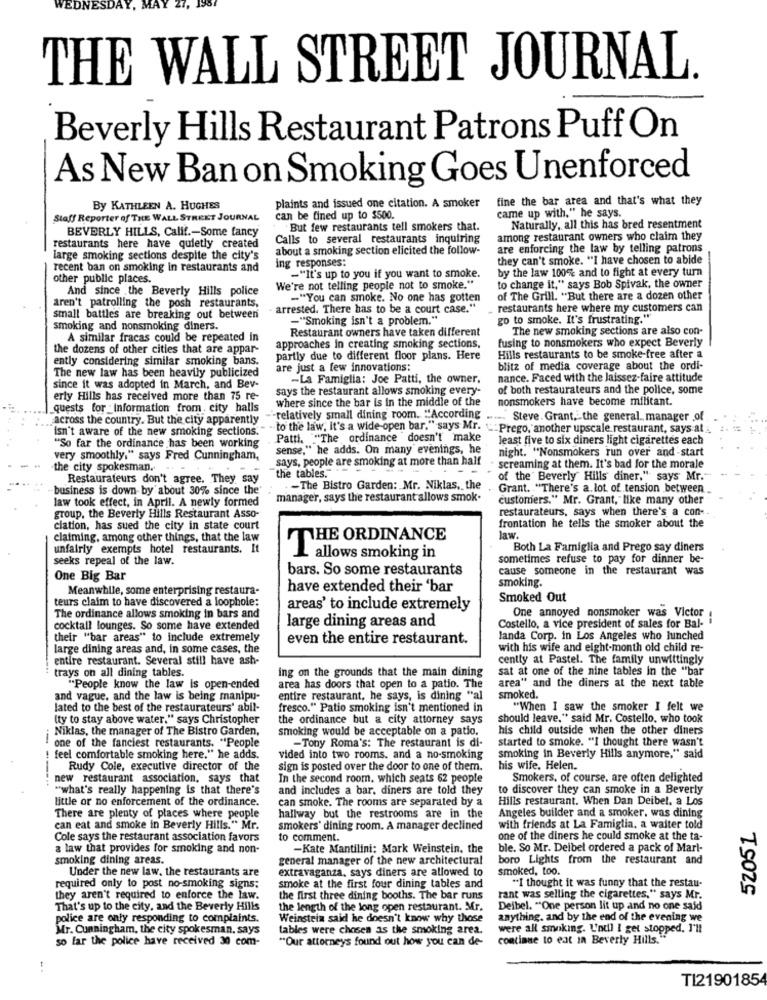
VEDN
SDAY
THE WALL STREET JOURNAL.
Beverly Hills Restaurant Patrons Puff On
As New Ban on Smoking Goes Unenforced
fine the bar area and that's what they
By KATHLEEN A. HUGHES
plaints and issued one citation. A smoker
Staff Reporter of THE WALL STREET JOURNAL
can be fined up to $500.
came up with." he says.
BEVERLY HILLS, Calif .- Some fancy
But few restaurants tell smokers that.
Naturally, all this has bred resentment
Calls to several restaurants inquiring
among restaurant owners who claim they
restaurants here have quietly created
about a smoking section elicited the follow-
are enforcing the law by telling patrons
large smoking sections despite the city's
they can't smoke. "I have chosen to abide
recent ban on smoking in restaurants and
ing responses:
by the law 100% and to fight at every turn
other public places.
-"It's up to you if you want to smoke.
And since the Beverly Hills police
We're not telling people not to smoke."
to change it," says Bob Spivak, the owner
-"You can smoke. No one has gotten
of The Grill. "But there are a dozen other
aren't patrolling the posh restaurants,
arrested. There has to be a court case."
restaurants here where my customers can
small battles are breaking out between
-"Smoking isn't a problem."
go to smoke. It's frustrating."
smoking and nonsmoking diners.
Restaurant owners have taken different
The new smoking sections are also con-
A similar fracas could be repeated in
fusing to nonsmokers who expect Beverly
the dozens of other cities that are appar-
approaches in creating smoking sections,
ently considering similar smoking bans.
partly due to different floor plans. Here
Hills restaurants to be smoke-free after a
The new law has been heavily publicized
are just a few innovations;
blitz of media coverage about the ordi-
-La Famiglia: Joe Patti, the owner,
nance. Faced with the laissez-faire attitude
since it was adopted in March, and Bev-
says the restaurant allows smoking every-
of both restaurateurs and the police, some
erty Hills has received more than 75 re-
where since the bar is in the middle of the
nonsmokers have become militant.
quests for _Information from . city halls
across the country. But the city apparently
-relatively small dining room. "According ..... Steve. Grant. the general manager of
isn't aware of the new smoking sections."
- to the law, It's a wide-open bar." says Mr. " -- Prego, another upscale restaurant, says at
Patti. "The ordinance "doesn't make
least five to six diners light cigarettes each
"So far the ordinance has been working
sense," he adds. On many evenings, he
night. "Nonsmokers run over and-start
very smoothly," says Fred Cunningham,
says, people are smoking at more than half
the city spokesman.
screaming at them. It's bad for the morale
Restaurateurs don't agree. They say
"the tables."
of the Beverly Hills diner," says Mr .- "
business is down by about 30% since the
-The Bistro Garden: Mr. Niklas, the
Grant. "There's a. lot of tension between
law took effect, in April. A newly formed
manager, says the restaurant allows smok.
customers." Mr. Grant, like many other
restaurateurs, says when there's a con -.
group, the Beverly Hills Restaurant Asso-
ciation, has sued the city in state court
frontation he tells the smoker about the
claiming, among other things, that the law
THE ORDINANCE
law.
unfairly exempts hotel restaurants. It
Both La Famiglia and Prego say diners
seeks repeal of the law.
L'allows smoking in
sometimes refuse to pay for dinner be-
bars. So some restaurants
cause someone in the restaurant was
One Big Bar
smoking.
Meanwhile, some enterprising restaura-
have extended their 'bar
teurs claim to have discovered a loophole:
Smoked Out
areas' to include extremely
The ordinance allows smoking in bars and
One annoyed nonsmoker was Victor
cocktail lounges. So some have extended
large dining areas and
Costello, a vice president of sales for Bal-
their "bar areas" to include extremely
even the entire restaurant.
landa Corp. in Los Angeles who lunched
large dining areas and, in some cases, the
with his wife and eight-month old child re-
entire restaurant. Several still have ash-
cently at Pastel. The family unwittingly
trays on all dining tables.
ing on the grounds that the main dining
sat at one of the nine tables in the "bar
"People know the law Is open-ended
area has doors that open to a patio. The
area" and the diners at the next table
and vague, and the law is being manipu-
entire restaurant, he says, is dining "al
smoked.
lated to the best of the restaurateurs' abil-
fresco." Patio smoking isn't mentioned in
"When I saw the smoker I felt we
(ty to stay above water." says Christopher
the ordinance but a city attorney says
should leave." said Mr. Costello, who took
Niklas, the manager of The Bistro Garden,
smoking would be acceptable on a patio.
his child outside when the other diners
--
started to smoke. "I thought there wasn't
one of the fanciest restaurants. "People
-Tony Roma's: The restaurant is di-
feel comfortable smoking here," he adds.
vided into two rooms. and a no-smoking
smoking in Beverly Hills anymore," said
---
Rudy Cole, executive director of the
sign is posted over the door to one of them.
his wife. Helen.
new restaurant association, says that
In the second room, which seats 62 people
Smokers, of course, are often delighted
"what's really happening is that there's
and includes a bar, diners are told they
to discover they can smoke in a Beverly
little or no enforcement of the ordinance.
can smoke. The rooms are separated by a
Hills restaurant. When Dan Deibel, a Los
Angeles builder and a smoker, was dining
There are plenty of places where people
hallway but the restrooms are in the
can eat and smoke in Beverly Hills." Mr.
smokers' dining room. A manager declined
with friends at La Famiglia, a waiter told
52051
Cole says the restaurant association favors
to comment.
one of the diners he could smoke at the ta-
a law that provides for smoking and non-
-Kate Mantilini: Mark Weinstein, the
ble. So Mr. Deibel ordered a pack of Marl-
smoking dining areas.
general manager of the new architectural
boro Lights from the restaurant and
Under the new law, the restaurants are
extravaganza, says diners are allowed to
smoked, too.
required only to post no-smoking signs;
smoke at the first four dining tables and
"I thought it was funny that the restau-
they aren't required to enforce the law.
the first three dining booths. The bar runs
rant was selling the cigarettes," says Mr.
That's up to the city, and the Beverly Hills
the length of the long open restaurant. Mr.
Deibel. "One person lit up and no one said
police are only responding to complaints.
Weinstein said he doesn't know why those
anything. and by the end of the evening we
Mr. Cunningham, the city spokesman, says
tables were chosen as the smoking area.
were all smoking. L'ndl I get stopped. I'll
so far the police have received 30 com-
"Our attorneys found out how you can de-
continue to eat In Beverly Hills."
TI2190185